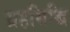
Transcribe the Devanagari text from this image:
ग्रहसिद्धि